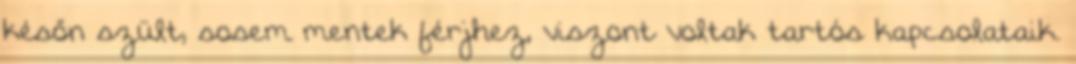
későn szült, sosem mentek férjhez, viszont voltak tartós kapcsolataik.